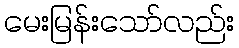
မေးမြန်းသော်လည်း